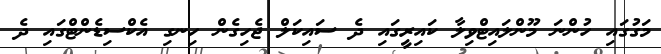
މަގުގައި ހުންނަ މޫންލައިޓްވިލާ ކައިރީގައި ދެ ސައިކަލް ޖެހިގެން ހިނގި އެކްސިޑެންޓްގައި ދެ